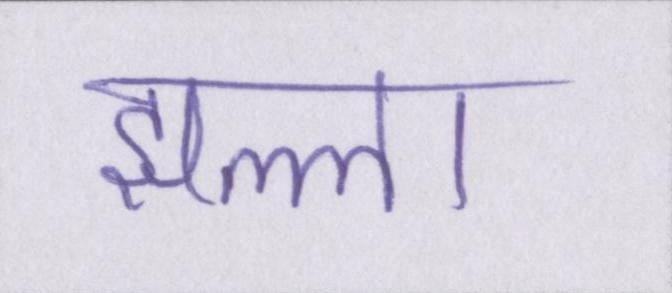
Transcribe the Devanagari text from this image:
झल्ला